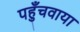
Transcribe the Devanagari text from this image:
पहुँचवाया